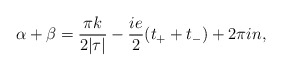
\begin{align*}\alpha+\beta=\frac{\pi k }{2|\tau|}-\frac{ie}{2}(t_++t_-)+2\pi in,\end{align*}